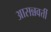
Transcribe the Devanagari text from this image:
आसन्नवर्त्ती